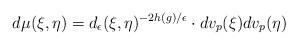
LaTeX: \begin{align*} d\mu(\xi,\eta)=d_\epsilon(\xi,\eta)^{-2h(g)/\epsilon}\cdot dv_p(\xi)dv_p(\eta)\end{align*}